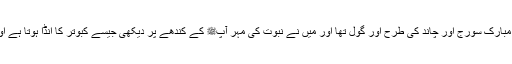
سیدنا جابرؓ نے کہا کہ نہیں آپﷺ کا چہرہ مبارک سورج اور چاند کی طرح اور گول تھا اور میں نے نبوت کی مہر آپﷺ کے کندھے پر دیکھی جیسے کبوتر کا انڈا ہوتا ہے اور اسکا رنگ جسم کے رنگ سے ملتا تھا۔